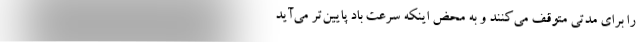
را برای مدتی متوقف می‌کنند و به محض اینکه سرعت باد پایین‌تر می‌آید